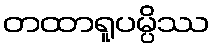
တထာရူပမ္ပိဿ